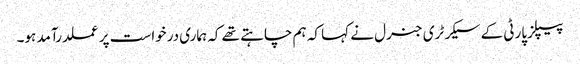
پیپلزپارٹی کے سیکرٹری جنرل نے کہا کہ ہم چاہتے تھے کہ ہماری درخواست پر عملدرآمد ہو۔